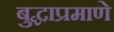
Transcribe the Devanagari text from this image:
बुद्धाप्रमाणे